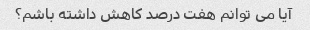
آیا می توانم هفت درصد کاهش داشته باشم؟